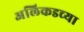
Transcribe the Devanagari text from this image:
अलिकडच्‍या